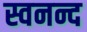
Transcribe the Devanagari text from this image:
स्वनन्द